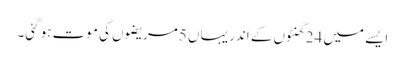
ایسے میں 24 گھنٹوں کے اندر یہاں 5مریضوں کی موت ہو گئی۔